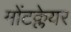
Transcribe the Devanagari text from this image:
मोंटक्लेयर